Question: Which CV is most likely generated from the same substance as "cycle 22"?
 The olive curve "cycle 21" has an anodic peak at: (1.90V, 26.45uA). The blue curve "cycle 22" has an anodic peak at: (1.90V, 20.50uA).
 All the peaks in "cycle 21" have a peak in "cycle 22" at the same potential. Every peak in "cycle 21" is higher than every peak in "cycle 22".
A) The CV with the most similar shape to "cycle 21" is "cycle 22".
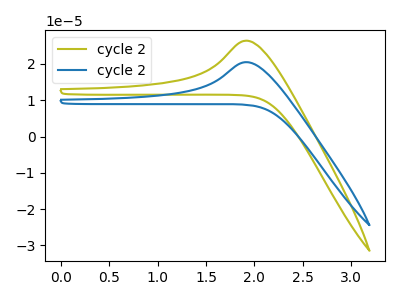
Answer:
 <answer>A) The CV with the most similar shape to "cycle 21" is "cycle 22".</answer>
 <eval>A</eval>